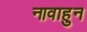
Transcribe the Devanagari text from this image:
नावाहुन